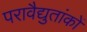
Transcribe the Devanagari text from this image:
परावैद्युतांकों